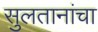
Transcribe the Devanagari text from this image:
सुलतानांचा